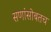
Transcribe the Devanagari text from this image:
सणांसोबतच